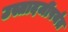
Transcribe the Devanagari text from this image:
उस्तादजींपर्यंत